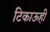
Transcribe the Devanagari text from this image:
टिकाऊही